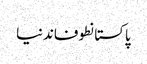
پاکستانطوفاندنیا